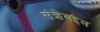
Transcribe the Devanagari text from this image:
संज्ञेबद्दल